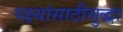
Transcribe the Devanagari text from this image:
पक्ष्यांसाठीसुद्धा